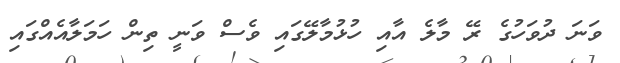
ވަނަ ދުވަހުގެ ރޭ މާލެ އާއި ހުޅުމާލޭގައި ވެސް ވަނީ ތިން ހަމަލާއެއްގައި